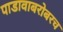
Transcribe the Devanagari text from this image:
पाडावाबरोबरच